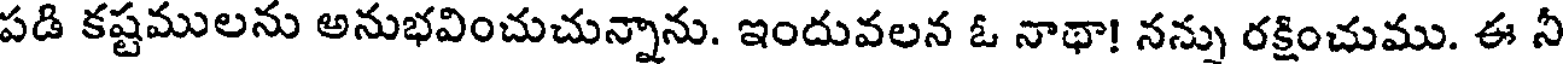
పడి కష్టములను అనుభవించుచున్నాను. ఇందువలన ఓ నాథా! నన్ను రక్షించుము. ఈ నీ